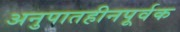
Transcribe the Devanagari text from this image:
अनुपातहीनपूर्वक